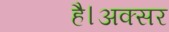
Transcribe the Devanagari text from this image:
है।अक्सर